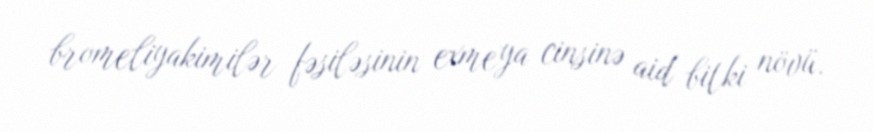
bromeliyakimilər fəsiləsinin exmeya cinsinə aid bitki növü.